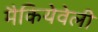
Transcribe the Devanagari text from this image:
मैकियेवेली